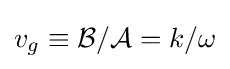
v_{g}\equiv {\mathcal {B}}/{\mathcal {A}}=k/\omega